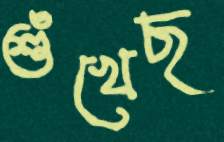
শুঁখেছ